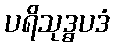
ပရိသုဒ္ဓပဒံ